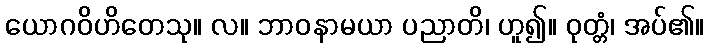
ယောဂဝိဟိတေသု။ လ။ ဘာဝနာမယာ ပညာတိ၊ ဟူ၍။ ဝုတ္တံ၊ အပ်၏။